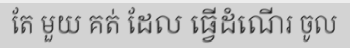
តែ មួយ គត់ ដែល ធ្វើដំណើរ ចូល